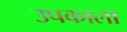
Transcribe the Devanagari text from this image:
उपकाला